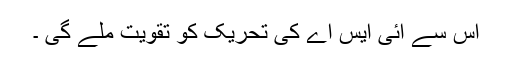
اس سے آئی ایس اے کی تحریک کو تقویت ملے گی ۔